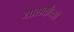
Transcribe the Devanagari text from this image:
यासर्वांच्या